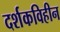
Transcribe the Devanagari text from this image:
दर्शकविहीन